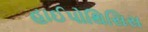
હાઈપોથિસિસ